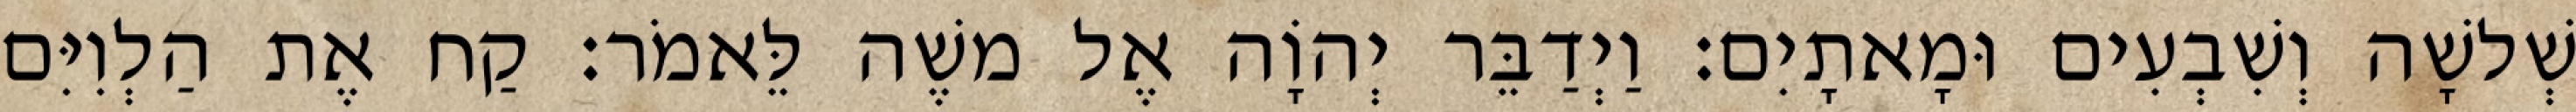
שְׁלשָׁה וְשִׁבְעִים וּמָאתָיִם׃ וַיְדַבֵּר יְהוָֹה אֶל משֶׁה לֵּאמֹר׃ קַח אֶת הַלְוִיִּם